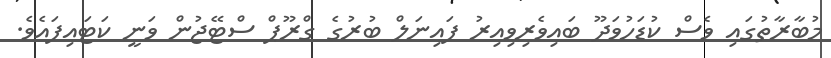
މުބާރާތުގައި ވެސް ކުޑަހުވަދޫ ބައިވެރިވިއިރު ފައިނަލް ބުރުގެ ގްރޫޕް ސްޓޭޖުން ވަނީ ކަޓައިފައެވެ.